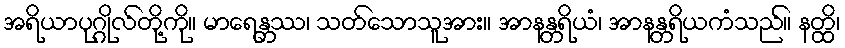
အရိယာပုဂ္ဂိုလ်တို့ကို။ မာရေန္တဿ၊ သတ်သောသူအား။ အာနန္တရိယံ၊ အာနန္တရိယကံသည်။ နတ္ထိ၊